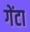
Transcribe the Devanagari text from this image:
गेंटा